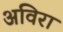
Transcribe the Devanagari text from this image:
अविरा